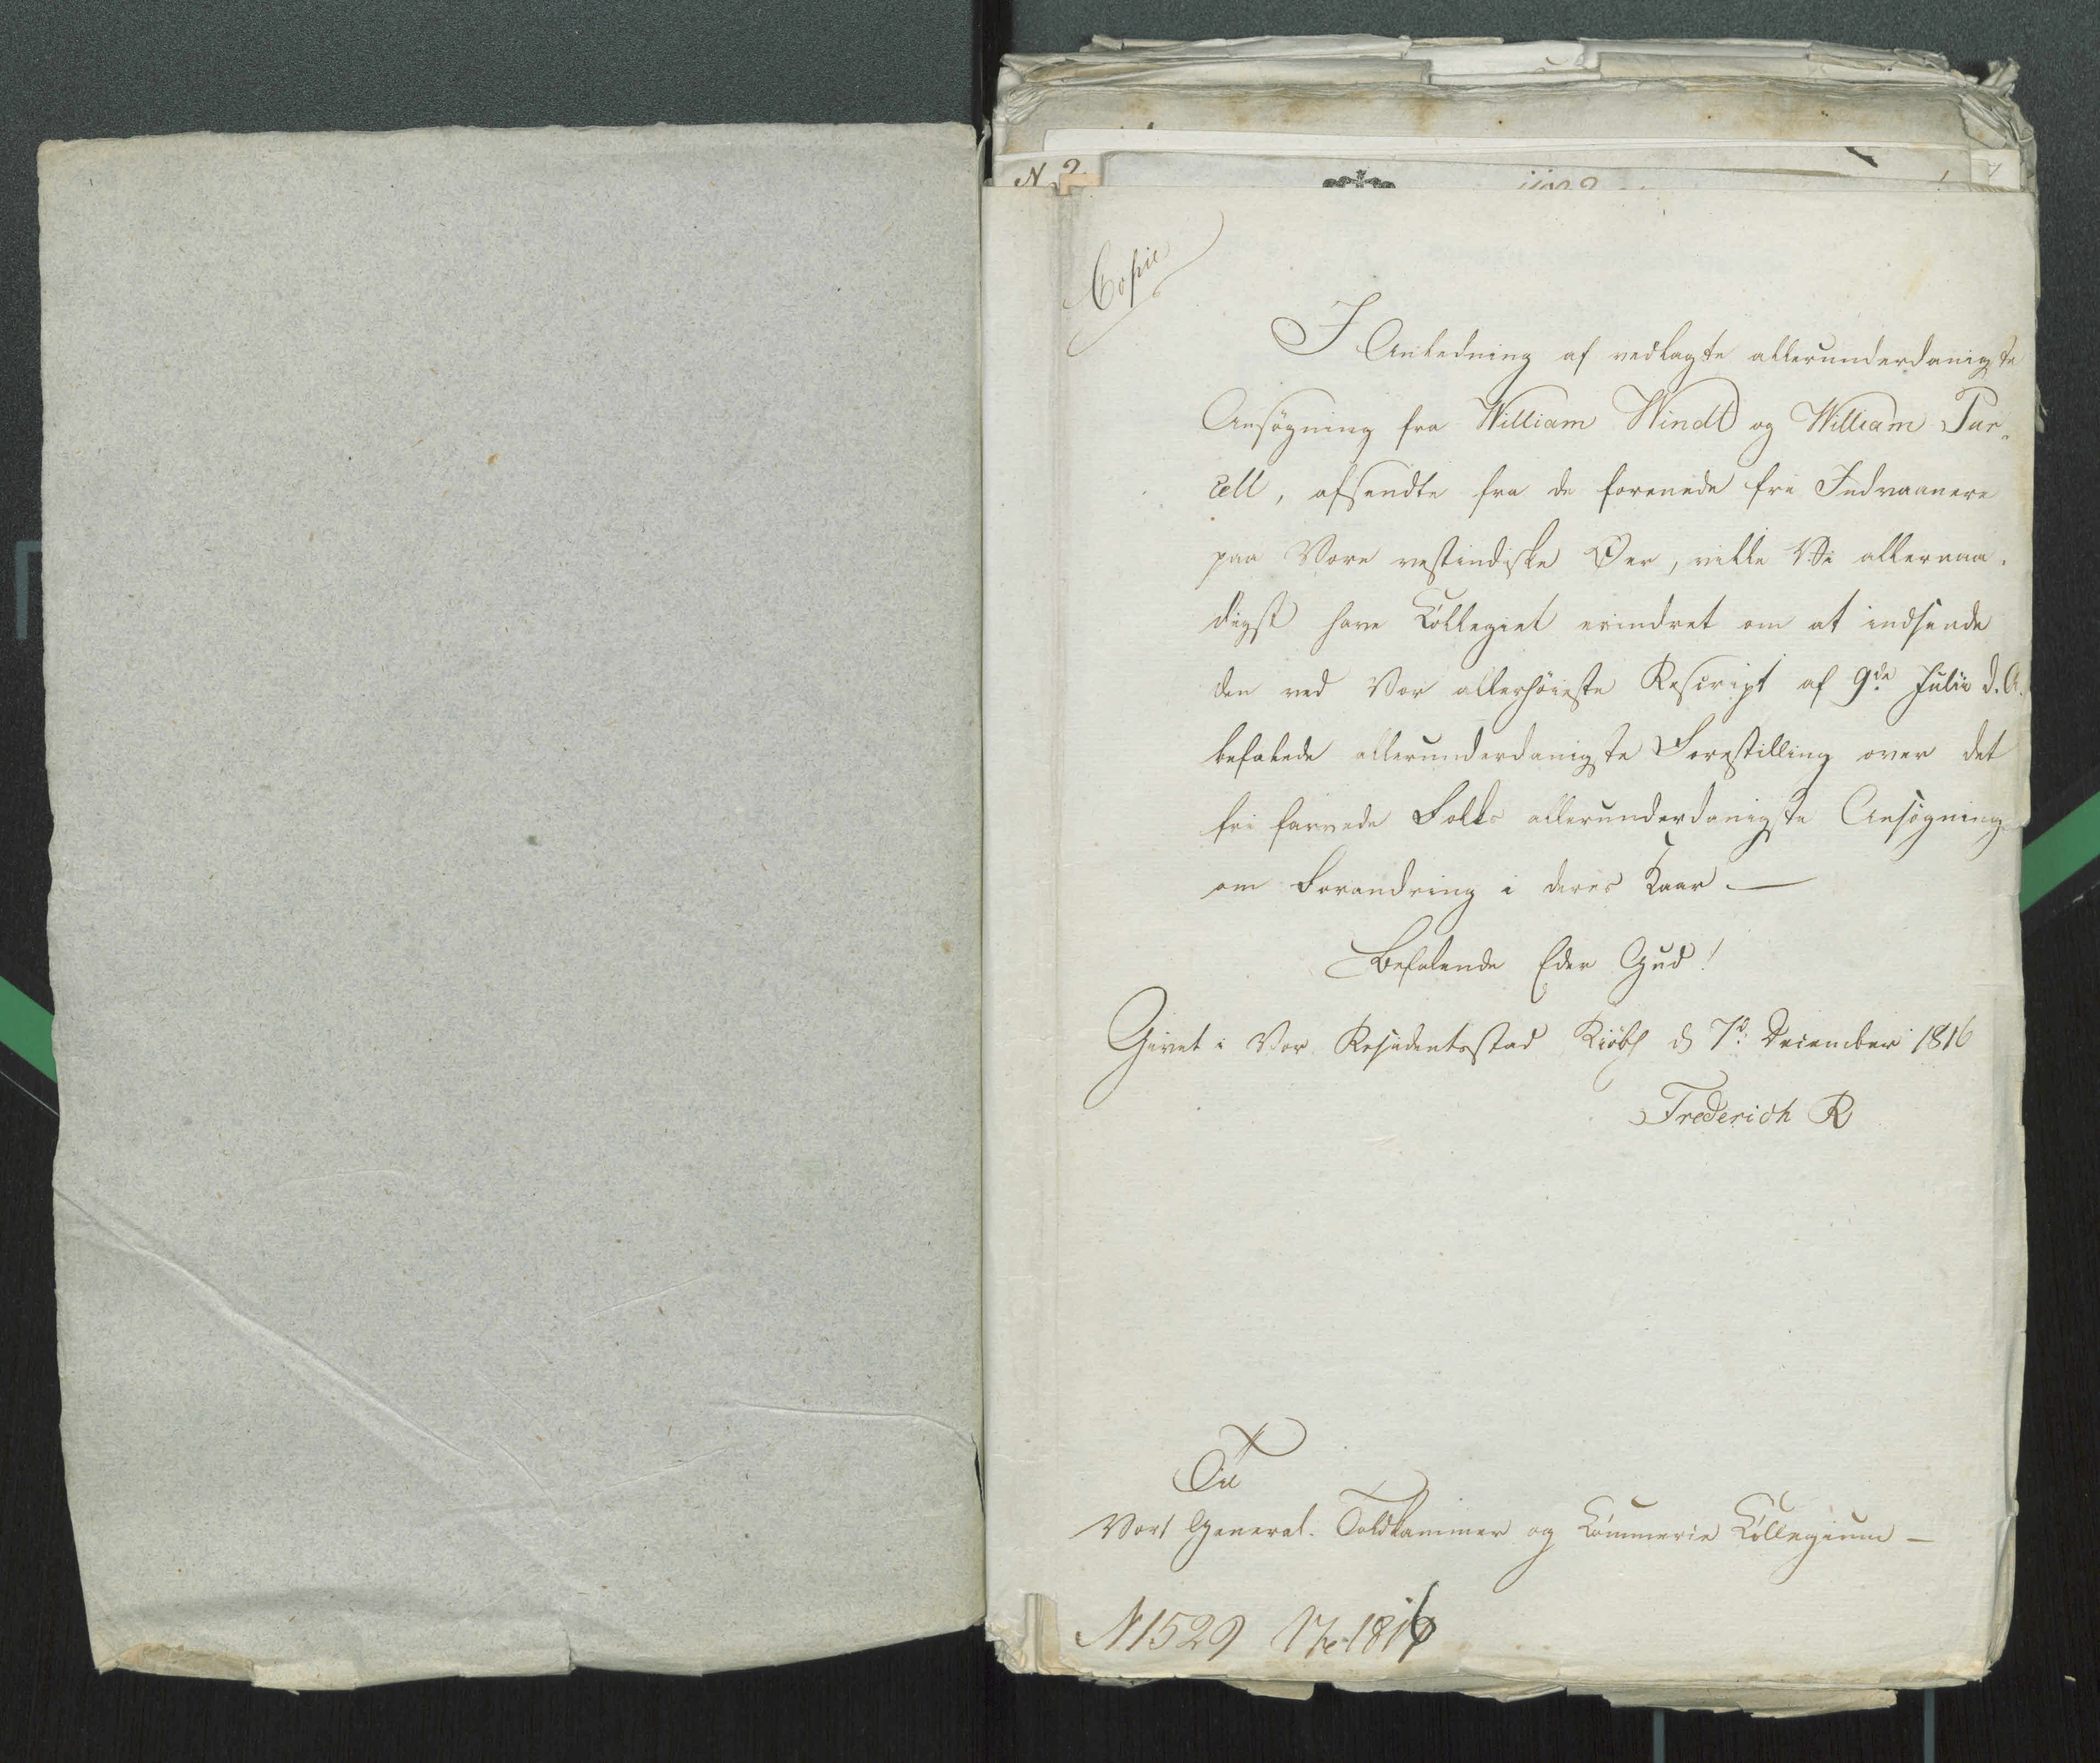
Transkription:
I anledning af vedlagte allerunderdanigste
Ansøgning fra William Windt og William Pur„
cell, afsendte fra de forenede fra Indvaanere
paa Vore vestindiske Øer, ville Vi allernaa„
digst have Collegiet erindret om at indsende
den ved Vor allerhøieste Rescript af 9de Julii d. A.
befalede allerunderdanigste Forestilling over det
fri farvede Folks allerunderdanigste Ansøgning
om Forandring i deres Kaar. -
Befalende Eder Gud!
Givet i Vor Residentsstad Kiøbh d. 7de December 1816
Frederich R

Til

Vort General-Toldkammer og Commerce Collegium -